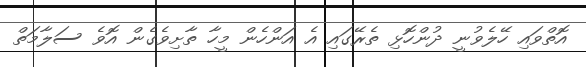
އޮތްވައި ހޭލެވުނީ ދުންހޮޅި ތެރޭގައި އެ އަންހެން މީހާ ތާށިވެގެން އޮވެ ސަލާމަތް